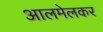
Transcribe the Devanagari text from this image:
आलमेलकर